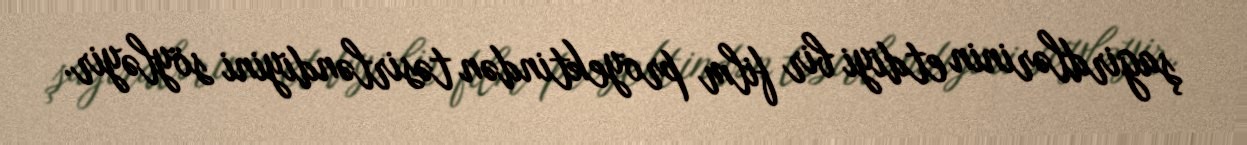
şagirdlərinin etdiyi bir film proyektindən təsirləndiyini söyləyir.